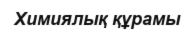
Химиялық құрамы